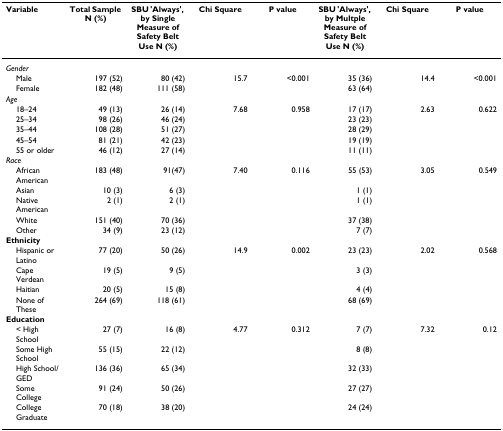
<table><thead><tr><td><b>Variable</b></td><td><b>Total Sample N (%)</b></td><td><b>SBU 'Always', by Single Measure of Safety Belt Use N (%)</b></td><td><b>Chi Square</b></td><td><b>P value</b></td><td><b>SBU 'Always', by Multple Measure of Safety Belt Use N (%)</b></td><td><b>Chi Square</b></td><td><b>P value</b></td></tr></thead><tbody><tr><td colspan="8"><i>Gender</i></td></tr><tr><td> Male</td><td>197 (52)</td><td>80 (42)</td><td>15.7</td><td>&lt;0.001</td><td>35 (36)</td><td>14.4</td><td>&lt;0.001</td></tr><tr><td> Female</td><td>182 (48)</td><td>111 (58)</td><td>[EMPTY_CELL]</td><td>[EMPTY_CELL]</td><td>63 (64)</td><td>[EMPTY_CELL]</td><td>[EMPTY_CELL]</td></tr><tr><td colspan="8"><i>Age</i></td></tr><tr><td> 18–24</td><td>49 (13)</td><td>26 (14)</td><td>7.68</td><td>0.958</td><td>17 (17)</td><td>2.63</td><td>0.622</td></tr><tr><td> 25–34</td><td>98 (26)</td><td>46 (24)</td><td>[EMPTY_CELL]</td><td>[EMPTY_CELL]</td><td>23 (23)</td><td>[EMPTY_CELL]</td><td>[EMPTY_CELL]</td></tr><tr><td> 35–44</td><td>108 (28)</td><td>51 (27)</td><td>[EMPTY_CELL]</td><td>[EMPTY_CELL]</td><td>28 (29)</td><td>[EMPTY_CELL]</td><td>[EMPTY_CELL]</td></tr><tr><td> 45–54</td><td>81 (21)</td><td>42 (23)</td><td>[EMPTY_CELL]</td><td>[EMPTY_CELL]</td><td>19 (19)</td><td>[EMPTY_CELL]</td><td>[EMPTY_CELL]</td></tr><tr><td> 55 or older</td><td>46 (12)</td><td>27 (14)</td><td>[EMPTY_CELL]</td><td>[EMPTY_CELL]</td><td>11 (11)</td><td>[EMPTY_CELL]</td><td>[EMPTY_CELL]</td></tr><tr><td colspan="8"><i>Race</i></td></tr><tr><td> African American</td><td>183 (48)</td><td>91(47)</td><td>7.40</td><td>0.116</td><td>55 (53)</td><td>3.05</td><td>0.549</td></tr><tr><td> Asian</td><td>10 (3)</td><td>6 (3)</td><td>[EMPTY_CELL]</td><td>[EMPTY_CELL]</td><td>1 (1)</td><td>[EMPTY_CELL]</td><td>[EMPTY_CELL]</td></tr><tr><td> Native American</td><td>2 (1)</td><td>2 (1)</td><td>[EMPTY_CELL]</td><td>[EMPTY_CELL]</td><td>1 (1)</td><td>[EMPTY_CELL]</td><td>[EMPTY_CELL]</td></tr><tr><td> White</td><td>151 (40)</td><td>70 (36)</td><td>[EMPTY_CELL]</td><td>[EMPTY_CELL]</td><td>37 (38)</td><td>[EMPTY_CELL]</td><td>[EMPTY_CELL]</td></tr><tr><td> Other</td><td>34 (9)</td><td>23 (12)</td><td>[EMPTY_CELL]</td><td>[EMPTY_CELL]</td><td>7 (7)</td><td>[EMPTY_CELL]</td><td>[EMPTY_CELL]</td></tr><tr><td colspan="8"><b>Ethnicity</b></td></tr><tr><td> Hispanic or Latino</td><td>77 (20)</td><td>50 (26)</td><td>14.9</td><td>0.002</td><td>23 (23)</td><td>2.02</td><td>0.568</td></tr><tr><td> Cape Verdean</td><td>19 (5)</td><td>9 (5)</td><td>[EMPTY_CELL]</td><td>[EMPTY_CELL]</td><td>3 (3)</td><td>[EMPTY_CELL]</td><td>[EMPTY_CELL]</td></tr><tr><td> Haitian</td><td>20 (5)</td><td>15 (8)</td><td>[EMPTY_CELL]</td><td>[EMPTY_CELL]</td><td>4 (4)</td><td>[EMPTY_CELL]</td><td>[EMPTY_CELL]</td></tr><tr><td> None of These</td><td>264 (69)</td><td>118 (61)</td><td>[EMPTY_CELL]</td><td>[EMPTY_CELL]</td><td>68 (69)</td><td>[EMPTY_CELL]</td><td>[EMPTY_CELL]</td></tr><tr><td colspan="8"><b>Education</b></td></tr><tr><td> &lt; High School</td><td>27 (7)</td><td>16 (8)</td><td>4.77</td><td>0.312</td><td>7 (7)</td><td>7.32</td><td>0.12</td></tr><tr><td> Some High School</td><td>55 (15)</td><td>22 (12)</td><td>[EMPTY_CELL]</td><td>[EMPTY_CELL]</td><td>8 (8)</td><td>[EMPTY_CELL]</td><td>[EMPTY_CELL]</td></tr><tr><td> High School/GED</td><td>136 (36)</td><td>65 (34)</td><td>[EMPTY_CELL]</td><td>[EMPTY_CELL]</td><td>32 (33)</td><td>[EMPTY_CELL]</td><td>[EMPTY_CELL]</td></tr><tr><td> Some College</td><td>91 (24)</td><td>50 (26)</td><td>[EMPTY_CELL]</td><td>[EMPTY_CELL]</td><td>27 (27)</td><td>[EMPTY_CELL]</td><td>[EMPTY_CELL]</td></tr><tr><td> College Graduate</td><td>70 (18)</td><td>38 (20)</td><td>[EMPTY_CELL]</td><td>[EMPTY_CELL]</td><td>24 (24)</td><td>[EMPTY_CELL]</td><td>[EMPTY_CELL]</td></tr></tbody></table>